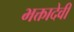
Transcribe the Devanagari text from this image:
भक्तादेवी